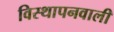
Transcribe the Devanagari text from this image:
विस्थापनवाली